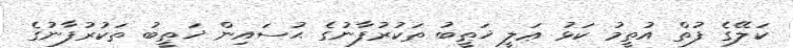
ކަލޭގެ ފުތް އުތީމު ކަޅު ޢަލީ ޚަޠީބު ތަކުރުފާނުގެ ޙުސައިން ޚަޠީބު ތަކުރުފާނުގެ